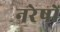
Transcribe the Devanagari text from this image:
नरेषों